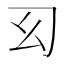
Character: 𢆱